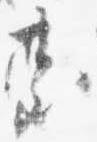
台